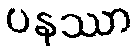
ပနဿာ